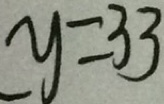
y = 3 3